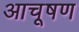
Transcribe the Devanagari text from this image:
आचूषण